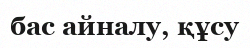
бас айналу, құсу